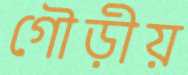
গৌড়ীয়